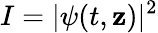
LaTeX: I=|\psi(t,\mathbf{z})|^{2}